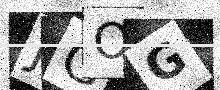
Text: JGOG